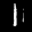
Label: 1